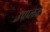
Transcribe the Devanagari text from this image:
उपप्लव